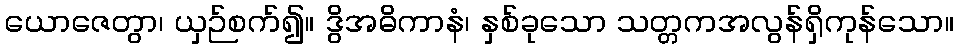
ယောဇေတွာ၊ ယှဉ်စက်၍။ ဒွိအဓိကာနံ၊ နှစ်ခုသော သတ္တကအလွန်ရှိကုန်သော။